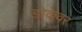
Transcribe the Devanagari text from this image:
डोकेवर